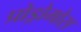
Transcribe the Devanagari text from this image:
प्रोड्रोमोस